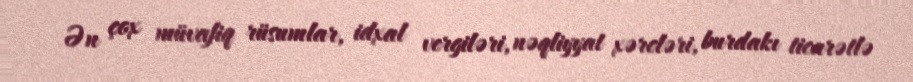
Ən çox müvafiq rüsumlar, idxal vergiləri, nəqliyyat xərcləri, burdakı ticarətlə